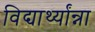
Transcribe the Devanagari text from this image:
विद्यार्थ्यांन्ना